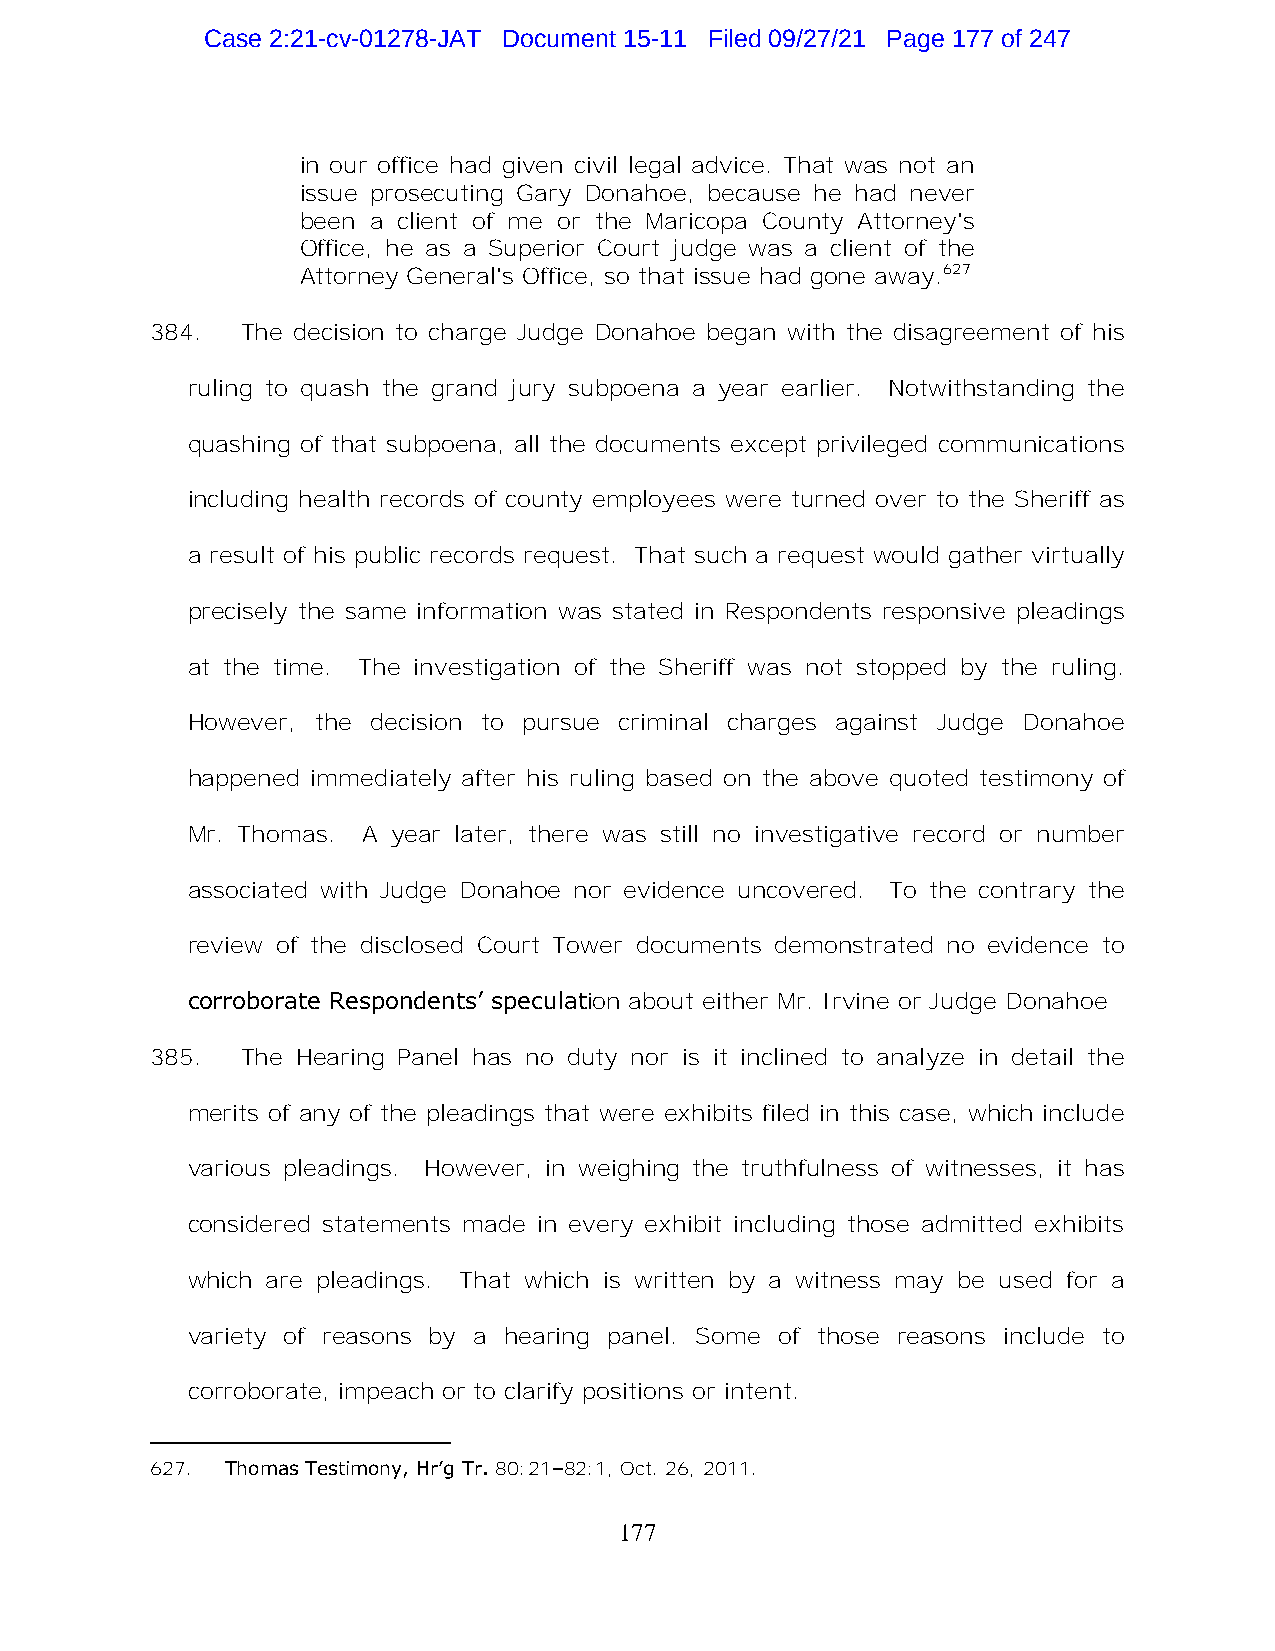
Case 2:21-cv-01278-JAT Document 15-11 Filed 09/27/21 Page 177 of 247
 in our office had given civil legal advice. That was not an
 issue prosecuting Gary Donahoe, because he had never
 been a client of me or the Maricopa County Attorney's
 Office, he as a Superior Court judge was a client of the
 Attorney General's Office, so that issue had gone away.627
 384.  The decision to charge Judge Donahoe began with the disagreement of his
 ruling to quash the grand jury subpoena a year earlier. Notwithstanding the
 quashing of that subpoena, all the documents except privileged communications
 including health records of county employees were turned over to the Sheriff as
 a result of his public records request. That such a request would gather virtually
 precisely the same information was stated in Respondents responsive pleadings
 at the time. The investigation of the Sheriff was not stopped by the ruling.
 However, the decision to pursue criminal charges against Judge Donahoe
 happened immediately after his ruling based on the above quoted testimony of
 Mr. Thomas. A year later, there was still no investigative record or number
 associated with Judge Donahoe nor evidence uncovered. To the contrary the
 review of the disclosed Court Tower documents demonstrated no evidence to
 corroborate Respondents’ speculation about either Mr. Irvine or Judge Donahoe
 385.  The Hearing Panel has no duty nor is it inclined to analyze in detail the
 merits of any of the pleadings that were exhibits filed in this case, which include
 various pleadings. However, in weighing the truthfulness of witnesses, it has
 considered statements made in every exhibit including those admitted exhibits
 which are pleadings. That which is written by a witness may be used for a
 variety of reasons by a hearing panel. Some of those reasons include to
 corroborate, impeach or to clarify positions or intent.
 627. Thomas Testimony, Hr’g Tr. 80:21–82:1, Oct. 26, 2011.
 177